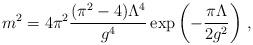
LaTeX: \begin{align*}{m^2 = {4\pi^2} \frac{(\pi^2-4)\Lambda^4}{g^4}\exp\left(-\frac{\pi\Lambda }{2g^2}\right)}\ ,\end{align*}